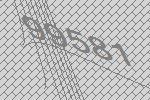
99581